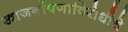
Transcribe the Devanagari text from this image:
खाजगीपणाविरोधीचे